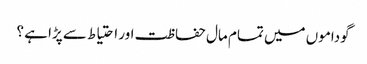
گوداموں میں تمام مال حفاظت اور احتیاط سے پڑا ہے ؟